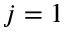
j = 1